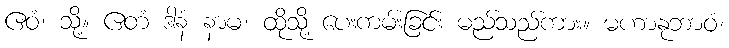
ဧဝံ၊ သို့။ ဧတံ ဒါနံ နာမ၊ ထိုသို့ ပေးကမ်းခြင်း မည်သည်ကား။ မဟာနုဘာဝံ၊